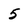
Character: 5